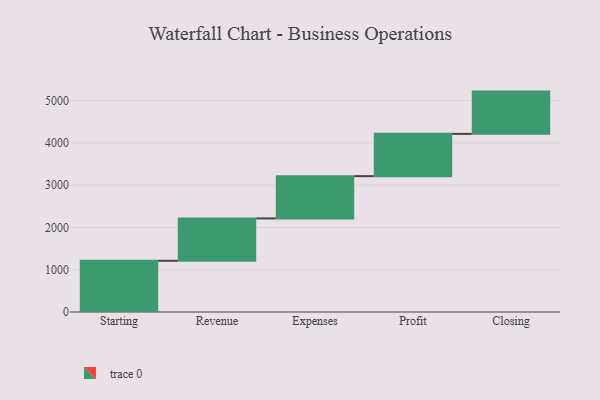
{"axis": {"x": "Step", "y": "Value"}, "legend": [""], "data": [{"x": "Starting", "y": 1212.0, "type": ""}, {"x": "Revenue", "y": 1002.0, "type": ""}, {"x": "Expenses", "y": 1000, "type": ""}, {"x": "Profit", "y": 1000, "type": ""}, {"x": "Closing", "y": 1000, "type": ""}]}